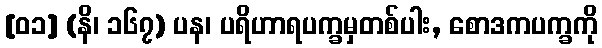
[၀၁] (နိ၊ ၁၆၇) ပန၊ ပရိဟာရပက္ခမှတစ်ပါး, စောဒကပက္ခကို